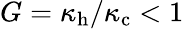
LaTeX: G=\kappa_{\mathrm{h}}/\kappa_{\mathrm{c}}<1